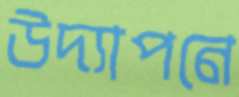
উদ্যাপনে